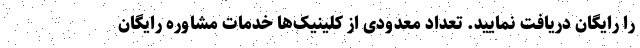
را رایگان دریافت نمایید. تعداد معدودی از کلینیک‌ها خدمات مشاوره رایگان